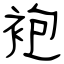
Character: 袍